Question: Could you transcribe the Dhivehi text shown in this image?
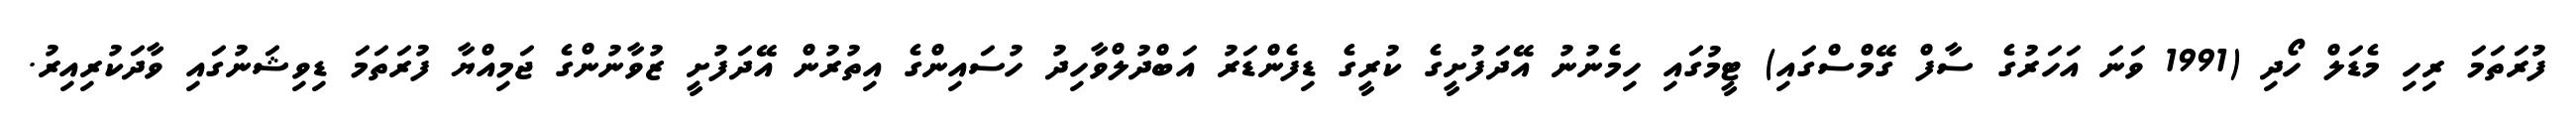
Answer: ފުރަތަމަ ރިހި މެޑަލް ހޯދި (1991 ވަނަ އަހަރުގެ ސާފް ގޭމްސްގައި) ޓީމުގައި ހިމެނުނު އޭދަފުށީގެ ކުރީގެ ޑިފެންޑަރު އަބްދުލްވާހިދު ހުސައިންގެ އިތުރުން އޭދަފުށީ ޒުވާނުންގެ ޖަމިއްޔާ ފުރަތަމަ ޑިވިޝަނުގައި ވާދަކުރިއިރު.